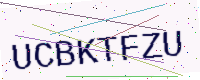
Text: UCBKTFZU